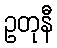
ဥတုနီ